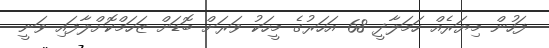
ފަހުން މިޔަރެއް ހަމަލާދީ 68 އަހަރުގެ މީހަކު ވަަރަށް ބޮޑަށް ޒަހަމްކޮށްލާފައި ވަނީ